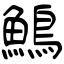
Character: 鷠